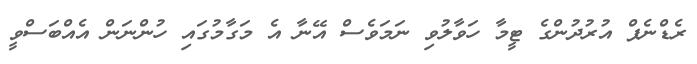
ރެޑްނެޕް އުރުދުންގެ ޓީމާ ހަވާލުވި ނަމަވެސް އޭނާ އެ މަގާމުގައި ހުންނަން އެއްބަސްވީ